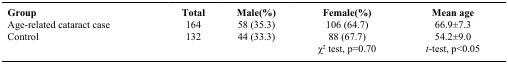
| Group | Total | Male(%) | Female(%) | Mean age |
 | --- | --- | --- | --- | --- |
 | Age-related cataract case | 164 | 58 (35.3) | 106 (64.7) | 66.9±7.3 |
 | Control | 132 | 44 (33.3) | 88 (67.7) | 54.2±9.0 |
 |  |  |  | χ2 test, p=0.70 | t-test, p<0.05 |